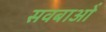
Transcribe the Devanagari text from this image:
सवबाओं